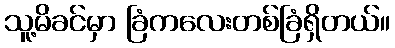
သူ့မိခင်မှာ ခြံကလေးတစ်ခြံရှိတယ်။